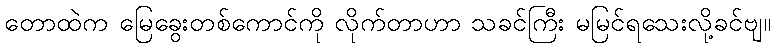
တောထဲက မြေခွေးတစ်ကောင်ကို လိုက်တာဟာ သခင်ကြီး မမြင်ရသေးလို့ခင်ဗျ။